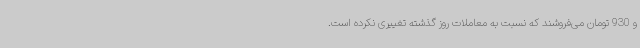
و 930 تومان می‌فروشند که نسبت به معاملات روز گذشته تغییری نکرده است.